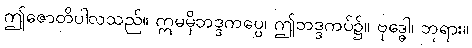
ဤဇောတိပါလသည်။ ဣမမှိဘဒ္ဒကပ္ပေ၊ ဤဘဒ္ဒကပ်၌။ ဗုဒ္ဓေါ၊ ဘုရား။